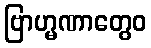
ဗြာဟ္မဏာတွေဝ